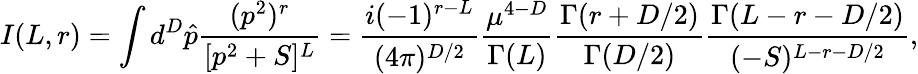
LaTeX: I(L,r)=\int d^{D}\hat{p}\frac{(p^{2})^{r}}{[p^{2}+S]^{L}}=\frac{i(-1)^{r-L}}{(4\pi)^{D/2}}\frac{\mu^{4-D}}{\Gamma(L)}\frac{\Gamma(r+D/2)}{\Gamma(D/2)}\frac{\Gamma(L-r-D/2)}{(-S)^{L-r-D/2}},